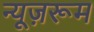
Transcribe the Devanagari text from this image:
न्यूज़रूम